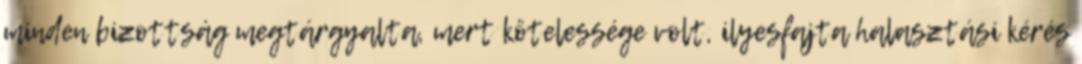
minden bizottság megtárgyalta, mert kötelessége volt, ilyesfajta halasztási kérés